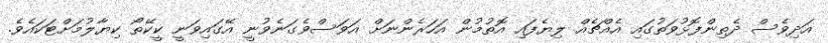
އަދިވެސް ދެތިންފޮޅުވަތުގައި އެއްޗެއް ލިޔެފައި އޮތުމުން އަހަރެންނަށް އަވަސްވެގަނެވުނީ އޭގައިވަނީ ކީކޭތޯ ކިޔާލުމަށްޓަކައެވެ.